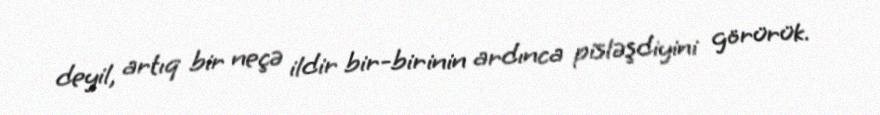
deyil, artıq bir neçə ildir bir-birinin ardınca pisləşdiyini görürük.